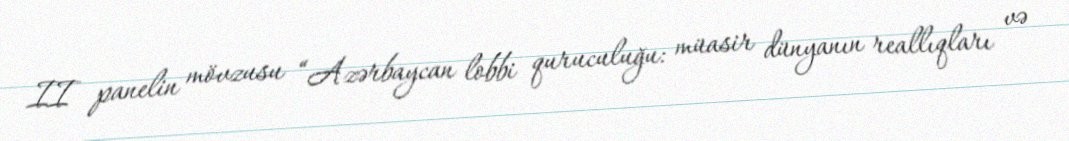
II panelin mövzusu “Azərbaycan lobbi quruculuğu: müasir dünyanın reallıqları və